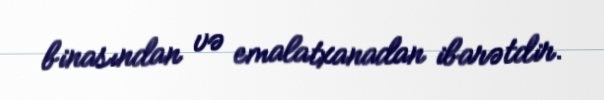
binasından və emalatxanadan ibarətdir.